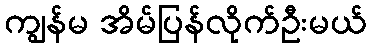
ကျွန်မ အိမ်ပြန်လိုက်ဦးမယ်